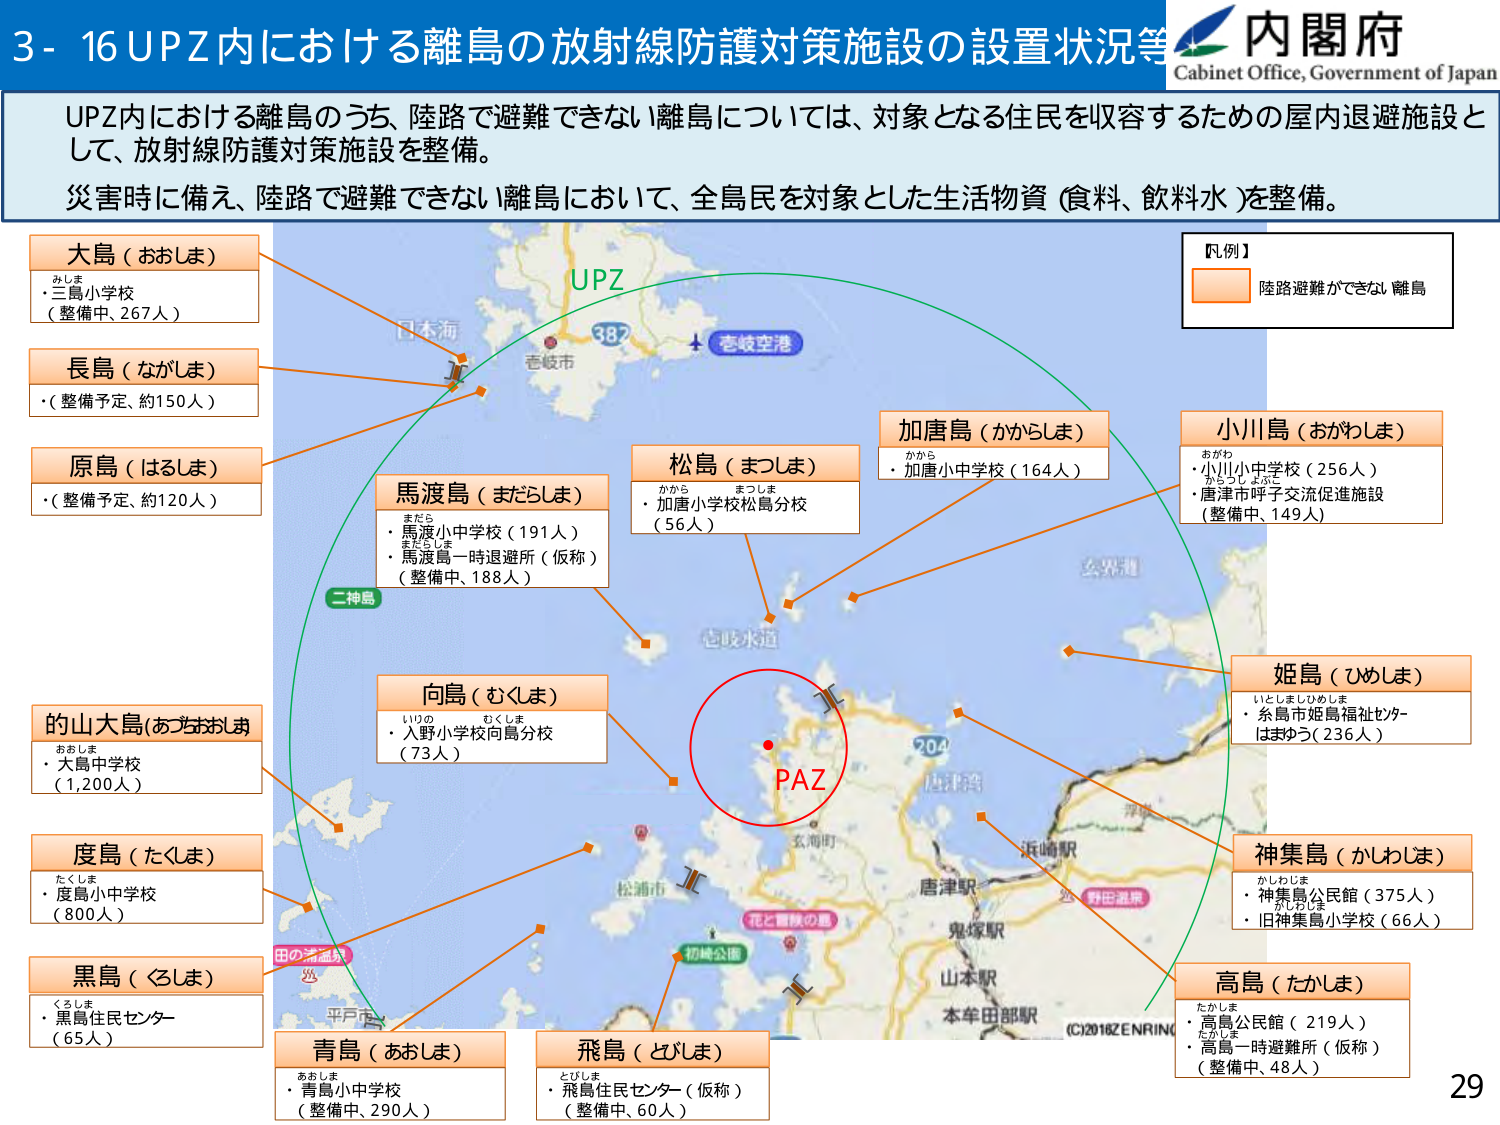
3- 16 UPZ内における離島の放射線防護対策施設の設置状況等

内閣府
Cabinet Office, Government of Japan

UPZ内における離島のうち、陸路で避難できない離島については、対象となる住民を収容するための屋内退避施設として、放射線防護対策施設を整備。
災害時に備え、陸路で避難できない離島において、全島民を対象とした生活物資（食料、飲料水）を整備。

【凡例】
陸路避難ができない離島

大島（おおしま）
・三島小学校（整備中、267人）
みしま

長島（ながしま）
・（整備予定、約150人）

原島（はるしま）
・（整備予定、約120人）

馬渡島（まどしま）
・馬渡小中学校（191人）
・馬渡島一時退避所（仮称）（整備中、188人）
まだら
まどしま

松島（まつしま）
・加唐小学校松島分校（56人）
かから
まつしま

加唐島（かからしま）
・加唐小中学校（164人）
かから

小川島（おがわしま）
・小川小中学校（256人）
・唐津市呼子交流促進施設（整備中、149人）
おがわ
からうしょぶこ

姫島（ひめしま）
・糸島市姫島福祉センターはまうち（236人）
いとしましひめしま

的山大島（おおはおしま）
・大島中学校（1,200人）
おおしま

度島（たくしま）
・度島小中学校（800人）
たくしま

黒島（くろしま）
・黒島住民センター（65人）
くろしま

青島（あおしま）
・青島小中学校（整備中、290人）
あおしま

飛島（とびしま）
・飛島住民センター（仮称）（整備中、60人）
とびしま

神集島（かしゅうじま）
・神集島公民館（375人）
・旧神集島小学校（66人）
かしゅうじま
かしゅうじま

高島（たかしま）
・高島公民館（219人）
・高島一時避難所（仮称）（整備中、48人）
たかしま
たかしま

UPZ
PAZ

日本海
壱岐空港
壱岐市
387
二神島
壱岐水道
松浦市
田の浦温泉
平戸市
初崎公園
花と冒険の島
鬼塚駅
山本駅
本牟田部駅
唐津駅
浜崎駅
野田温泉
204
唐津市
玄海町
玄界灘
(C)2016ZENRIN

29